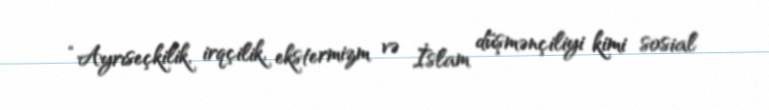
“Ayrıseçkilik, irqçilik, ekstermizm və İslam düşmənçiliyi kimi sosial